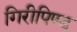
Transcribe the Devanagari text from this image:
गिरीपिण्ड